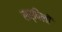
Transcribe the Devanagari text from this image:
सर्पिलों